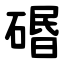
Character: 䃉